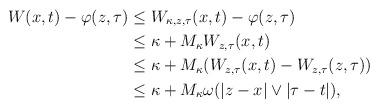
LaTeX: \begin{align*}W(x,t)-\varphi(z,\tau)&\le W_{\kappa,z,\tau}(x,t)-\varphi(z,\tau)\\&\le \kappa+M_\kappa W_{z,\tau}(x,t)\\&\le \kappa+M_\kappa (W_{z,\tau}(x,t)-W_{z,\tau}(z,\tau))\\&\le \kappa+M_\kappa\omega(|z-x|\vee|\tau-t|),\end{align*}